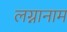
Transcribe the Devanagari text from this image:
लग्नानाम